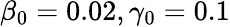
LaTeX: \beta_{0}=0.02,\gamma_{0}=0.1